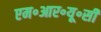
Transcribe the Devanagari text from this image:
एम॰आर॰यू॰सी